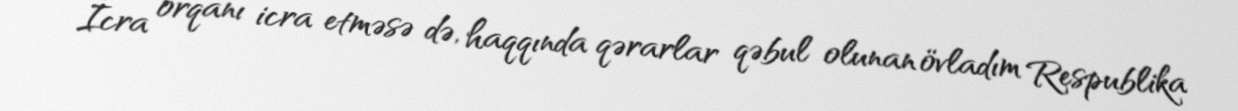
İcra orqanı icra etməsə də, haqqında qərarlar qəbul olunan övladım Respublika